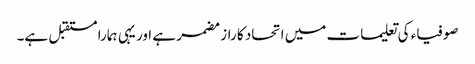
صوفیاء کی تعلیمات میں اتحاد کا راز مضمر ہے اور یہی ہمارا مستقبل ہے۔